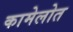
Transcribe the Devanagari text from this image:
कामेलोत